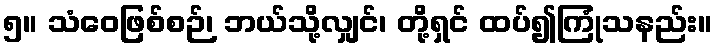
၅။ သံဝေဖြစ်စဉ်၊ ဘယ်သို့လျှင်၊ တို့ရှင် ထပ်၍ကြုံသနည်း။